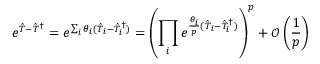
e ^ { \hat { T } - \hat { T } ^ { \dagger } } = e ^ { \sum _ { i } \theta _ { i } ( \hat { T } _ { i } - \hat { T } _ { i } ^ { \dagger } ) } = \left( \prod _ { i } e ^ { \frac { \theta _ { i } } { p } ( \hat { T } _ { i } - \hat { T } _ { i } ^ { \dagger } ) } \right) ^ { p } + \mathcal { O } \left( \frac { 1 } { p } \right)